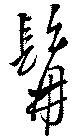
髯